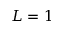
L = 1